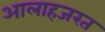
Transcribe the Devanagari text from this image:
आलाहजरत